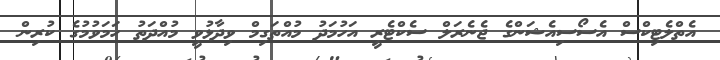
އެތްލެޓިކްސް އެސޯސިއެޝަންގެ ޖެނެރަލް ސެކްޓެރީ އަހުމަދު މުއްތަގިމް ވިދާޅުވީ މުއްދަތު ހަމަވުމުގެ ކުރިން